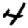
Digit: 4